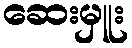
ဆေးမှူး